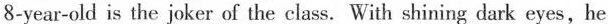
8-year-old is the joker of the class. With shining dark eyes, he